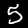
Digit: 5